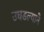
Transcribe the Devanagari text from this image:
उघडल्याने